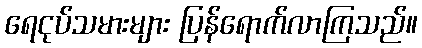
ရေငုပ်သမားများ ပြန်ရောက်လာကြသည်။